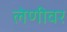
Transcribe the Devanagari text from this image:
लेणीवर